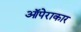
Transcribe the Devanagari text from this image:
ऑपेराकार